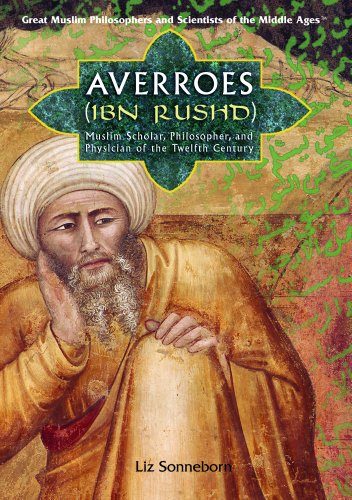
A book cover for Averroes/ibn Rushd: Muslim Scholar, Philosopher, And Physician of Twelfth-century Al-andalus (Great Muslim Philosophers and Scientists of the Middle Ages); Liz Sonneborn; Teen & Young Adult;